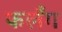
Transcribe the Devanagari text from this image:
फलँग